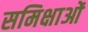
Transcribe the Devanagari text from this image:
समिक्षाओं